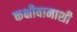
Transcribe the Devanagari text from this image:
कक्षीवानाशी